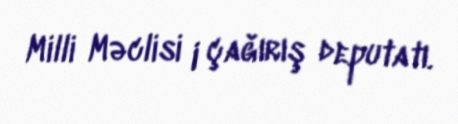
Milli Məclisi I çağırış deputatı.